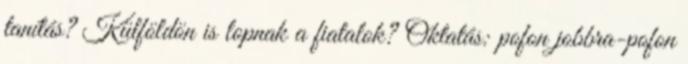
tanítás? Külföldön is lopnak a fiatalok? Oktatás: pofon jobbra-pofon